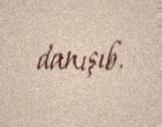
danışıb.